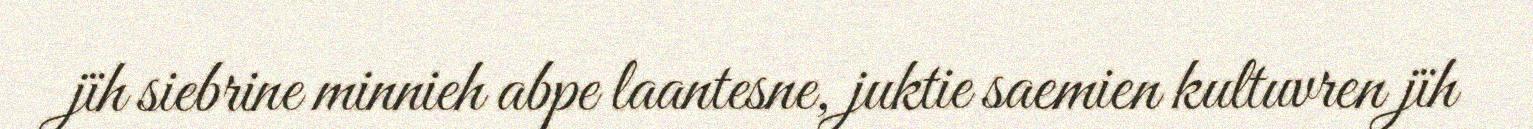
jïh siebrine minnieh abpe laantesne, juktie saemien kultuvren jïh